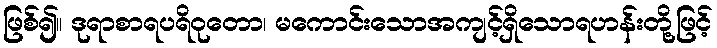
ဖြစ်၍။ ဒုရာစာရပရိဝုတော၊ မကောင်းသောအကျင့်ရှိသောရဟန်းတို့ဖြင့်